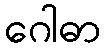
ဂေါဓာ